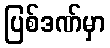
ပြစ်ဒဏ်မှာ